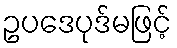
ဥပဒေပုဒ်မဖြင့်